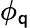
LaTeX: \phi_{\mathsf{q}}